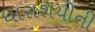
ધારાશયીની